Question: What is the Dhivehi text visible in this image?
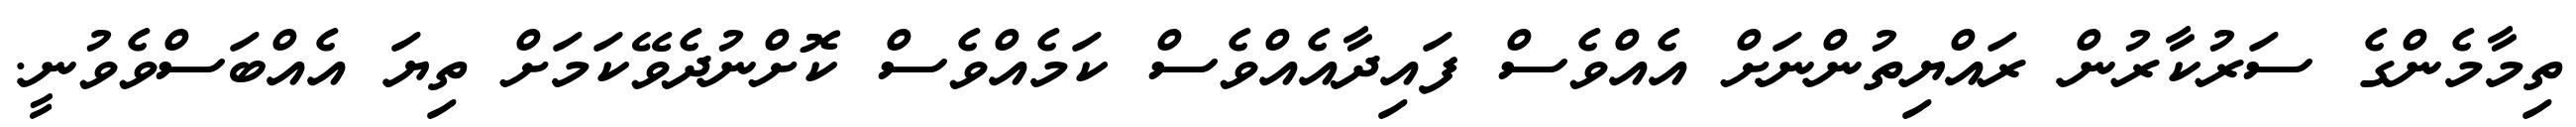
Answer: ތިމާމެންގެ ސަރުކާރުން ރައްޔިތުންނަށް އެއްވެސް ފައިދާއެއްވެސް ކަމެއްވެސް ކޮށްނުދެވޭކަމަށް ތިޔަ އެއްބަސްވެވުނީ.